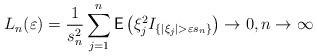
LaTeX: \begin{align*} L_n(\varepsilon)=\frac{1}{s_n^2}\sum_{j=1}^n\mathsf E\left(\xi_j^2 I_{\{|\xi_j|>\varepsilon s_n\}}\right)\to 0,n\to\infty\end{align*}